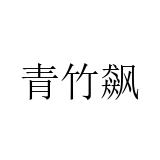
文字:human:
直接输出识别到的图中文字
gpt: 青竹飙